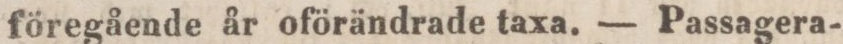
föregående år oförändrade taxa. — Passagera-